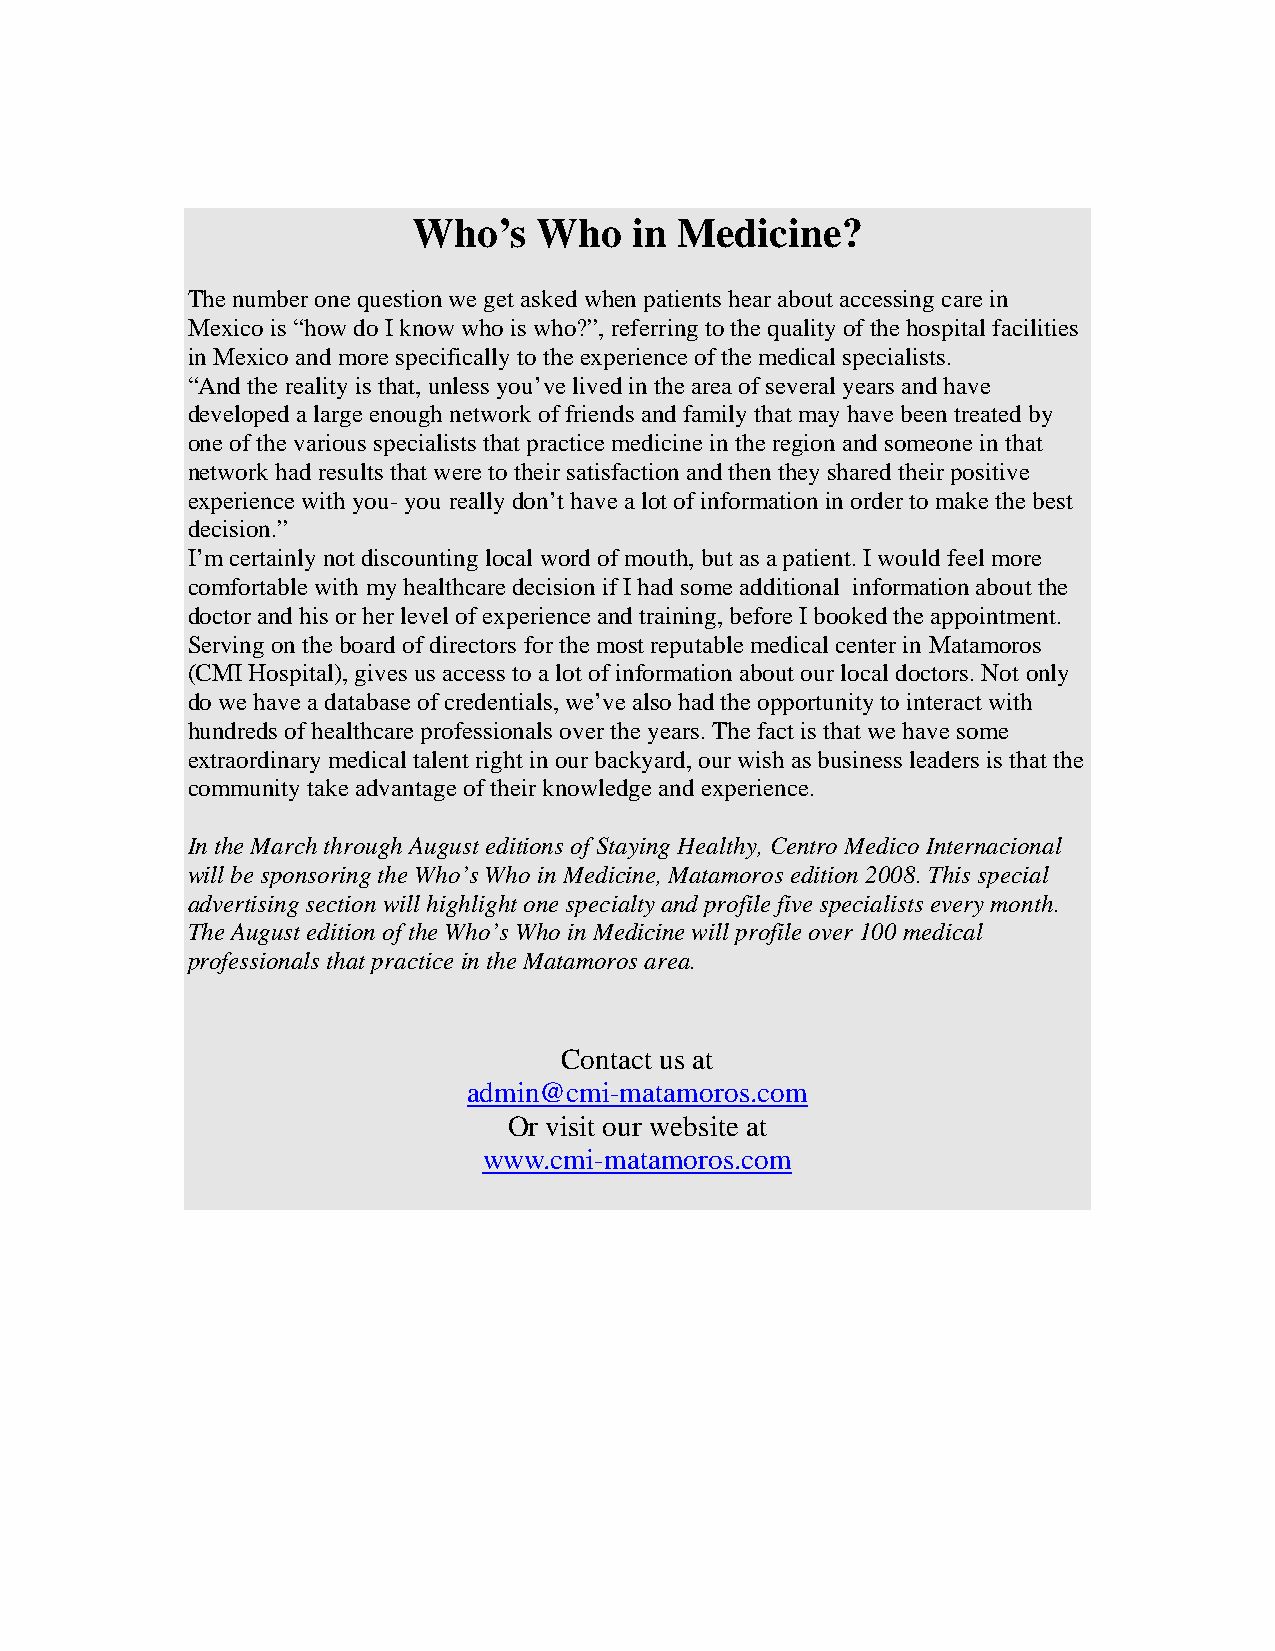
Who’s    Who   in Medicine?
 The number one question we get asked when patients hear about accessing care in
 Mexico is “how do I know who is who?”, referring to the quality of the hospital facilities
 in Mexico and more specifically to the experience of the medical specialists.
 “And the reality is that, unless you’ve lived in the area of several years and have
 developed a large enough network of friends and family that may have been treated by
 one of the various specialists that practice medicine in the region and someone in that
 network had results that were to their satisfaction and then they shared their positive
 experience with you- you really don’t have a lot of information in order to make the best
 decision.”
 I’m certainly not discounting local word of mouth, but as a patient. I would feel more
 comfortable with my healthcare decision if I had some additional information about the
 doctor and his or her level of experience and training, before I booked the appointment.
 Serving on the board of directors for the most reputable medical center in Matamoros
 (CMI Hospital), gives us access to a lot of information about our local doctors. Not only
 do we have a database of credentials, we’ve also had the opportunity to interact with
 hundreds of healthcare professionals over the years. The fact is that we have some
 extraordinary medical talent right in our backyard, our wish as business leaders is that the
 community take advantage of their knowledge and experience.
 In the March through August editions of Staying Healthy, Centro Medico Internacional
 will be sponsoring the Who’s Who in Medicine, Matamoros edition 2008. This special
 advertising section will highlight one specialty and profile five specialists every month.
 The August edition of the Who’s Who in Medicine will profile over 100 medical
 professionals that practice in the Matamoros area.
 Contact us at
 admin@cmi-matamoros.com
 Or visit our website at
 www.cmi-matamoros.com